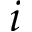
i